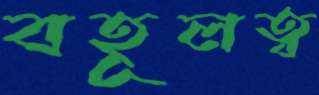
বহূলত্ব